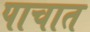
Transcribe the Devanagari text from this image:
पाचात